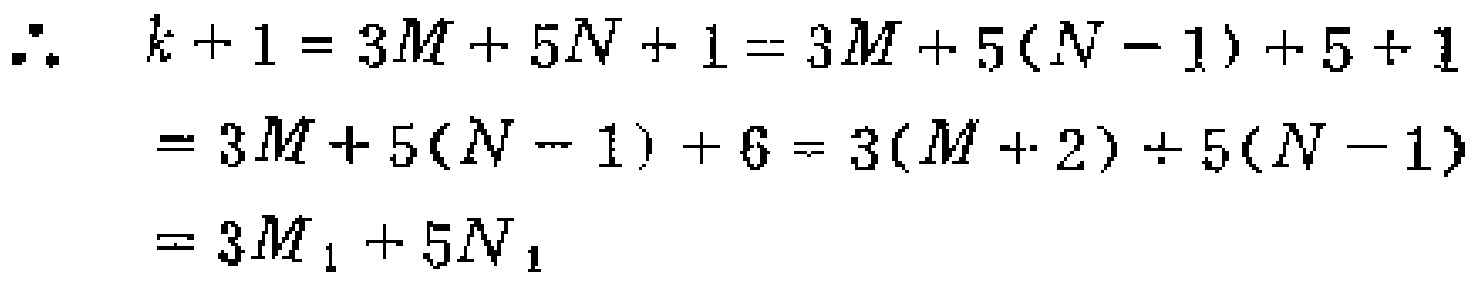
\[

\begin{align*}

\therefore\ k + 1&= 3M + 5N + 1= 3M + 5(N - 1)+ 5 + 1\\

&= 3M + 5(N - 1)+ 6 = 3(M + 2)+ 5(N - 1)\\

&= 3M_{1}+ 5N_{1}

\end{align*}

\]